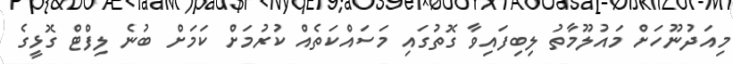
މިއަދުނޫހަށް މައުލޫމާތު ލިބިފައިވާ ގޮތުގައި މަސައްކަތެއް ކުރުމަށް ކަމަށް ބުނެ ލިފްޓް ގޮޅީގެ